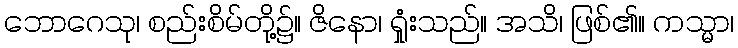
ဘောဂေသု၊ စည်းစိမ်တို့၌။ ဇိနော၊ ရှုံးသည်။ အသိ၊ ဖြစ်၏။ ကသ္မာ၊